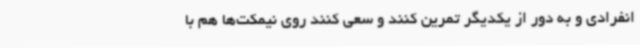
انفرادی و به دور از یکدیگر تمرین کنند و سعی کنند روی نیمکت‌ها هم با